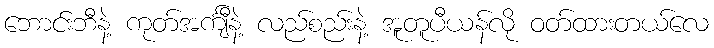
ဘောင်းဘီနဲ့ ကုတ်အင်္ကျီနဲ့ လည်စည်းနဲ့ အူတူပီယန်လို ဝတ်ထားတယ်လေ